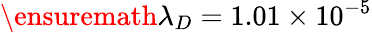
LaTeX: \ensuremath{\lambda}_{D}=1.01\times 10^{-5}